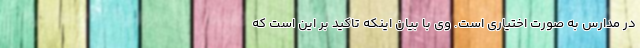
در مدارس به صورت اختیاری است. وی با بیان اینکه تاکید بر این است که